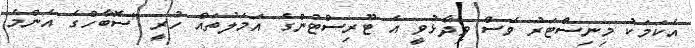
އެކަމަކު މިނިސްޓަރު ވެސް ވިދާޅުވީ އެ ޓޫރިސްޓުންގެ އަމަލުތައް ހުރީ "ސޮބާހްގެ އެންމެ